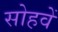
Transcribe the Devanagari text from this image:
सोहवें